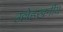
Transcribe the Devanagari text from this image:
उल्लेहखनीय